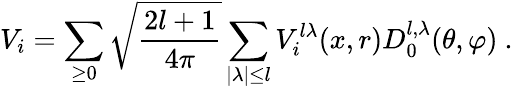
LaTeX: V_{i}=\sum_{\geq 0}\sqrt{\frac{2l+1}{4\pi}}\sum_{\mid\lambda\mid\leq l}V_{i}^{l\lambda}(x,r)D_{0}^{l,\lambda}(\theta,\varphi)~.